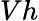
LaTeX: Vh